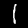
Label: 1